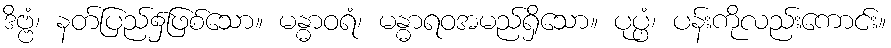
ဒိဗ္ဗံ၊ နတ်ပြည်၌ဖြစ်သော။ မန္ဓာဝရံ၊ မန္ဓာရဝအမည်ရှိသော။ ပုပ္ဖံ၊ ပန်းကိုလည်းကောင်း။